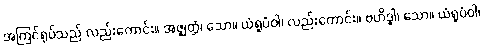
အကြင်ရုပ်သည် လည်းကောင်း။ အဇ္ဈတ္တံ၊ သော။ ယံရူပံဝါ၊ လည်းကောင်း။ ဗဟိဒ္ဓါ၊ သော။ ယံရူပံဝါ၊